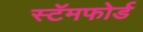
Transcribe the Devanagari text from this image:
स्टॅमफोर्ड